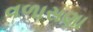
વળાસણા